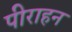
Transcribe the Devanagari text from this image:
पीराहन